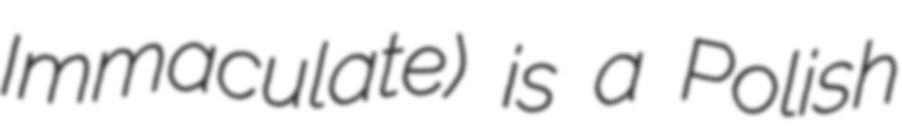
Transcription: Immaculate) is a Polish